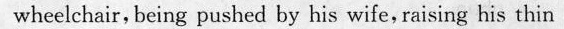
waeelchair, being pushed by his wife. Raising lis thin trembling